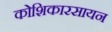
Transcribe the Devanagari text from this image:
कोशिकारसायन